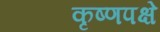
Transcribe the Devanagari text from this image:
कृष्णपक्षे